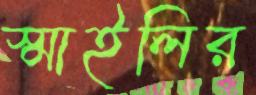
স্মাইলির